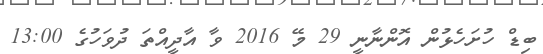
ބިޑް ހުށަހެޅުން އޮންނާނީ 29 މޭ 2016 ވާ އާދީއްތަ ދުވަހުގެ 13:00